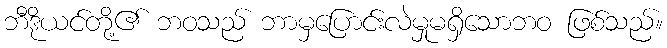
ဘီဒိုယင်တို့၏ ဘဝသည် ဘာမှပြောင်းလဲမှုမရှိသောဘဝ ဖြစ်သည်။